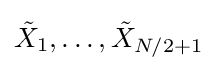
{\tilde {X}}_{1},\ldots ,{\tilde {X}}_{N/2+1}